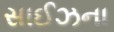
સાઈઝના